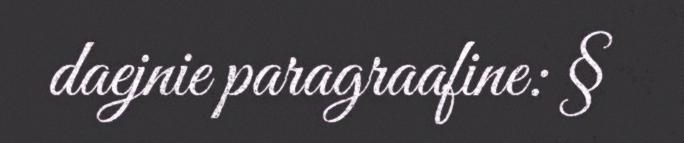
daejnie paragraafine: §